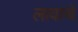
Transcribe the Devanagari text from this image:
लावाचे